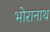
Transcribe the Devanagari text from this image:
भोरानाथ